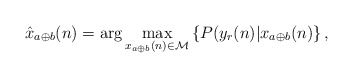
\begin{align*} \hat x_{a \oplus b}(n) = {\rm arg} \max_{x_{a \oplus b}(n) \in \mathcal{M} } \left\{ P(y_r(n)|x_{a\oplus b}(n) \right\},\end{align*}